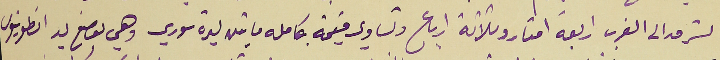
الشرق الى الغرب اربعة امتار وثلاثة ارباع وتساوي قيمة بكامله ما يقدر ليرة سوري وهي لوضع يد انطونيوس